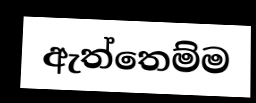
ඇත්තෙම්ම